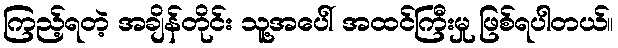
ကြည့်ရတဲ့ အချိန်တိုင်း သူ့အပေါ် အထင်ကြီးမှု ဖြစ်ရပါတယ်။